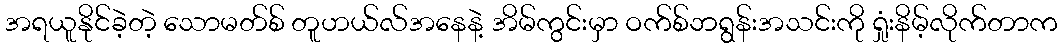
အရယူနိုင်ခဲ့တဲ့ သောမတ်စ် တူဟယ်လ်အနေနဲ့ အိမ်ကွင်းမှာ ဝက်စ်ဘရွန်းအသင်းကို ရှုံးနိမ့်လိုက်တာက